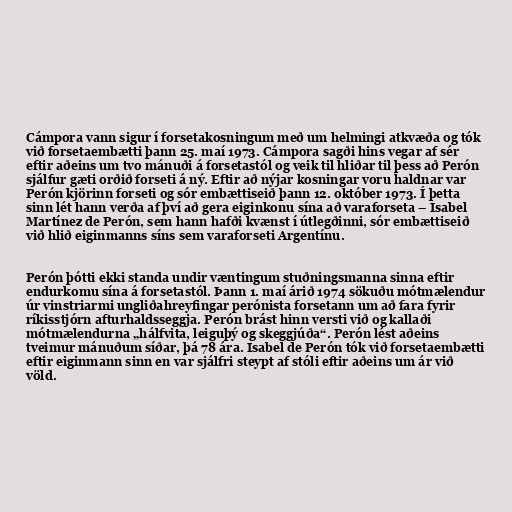
Cámpora vann sigur í forsetakosningum með um helmingi atkvæða og tók
við forsetaembætti þann 25. maí 1973. Cámpora sagði hins vegar af sér
eftir aðeins um tvo mánuði á forsetastól og veik til hliðar til þess að Perón
sjálfur gæti orðið forseti á ný. Eftir að nýjar kosningar voru haldnar var
Perón kjörinn forseti og sór embættiseið þann 12. október 1973. Í þetta
sinn lét hann verða af því að gera eiginkonu sína að varaforseta – Isabel
Martínez de Perón, sem hann hafði kvænst í útlegðinni, sór embættiseið
við hlið eiginmanns síns sem varaforseti Argentínu.

Perón þótti ekki standa undir væntingum stuðningsmanna sinna eftir
endurkomu sína á forsetastól. Þann 1. maí árið 1974 sökuðu mótmælendur
úr vinstriarmi ungliðahreyfingar perónista forsetann um að fara fyrir
ríkisstjórn afturhaldsseggja. Perón brást hinn versti við og kallaði
mótmælendurna „hálfvita, leiguþý og skeggjúða“. Perón lést aðeins
tveimur mánuðum síðar, þá 78 ára. Isabel de Perón tók við forsetaembætti
eftir eiginmann sinn en var sjálfri steypt af stóli eftir aðeins um ár við
völd.